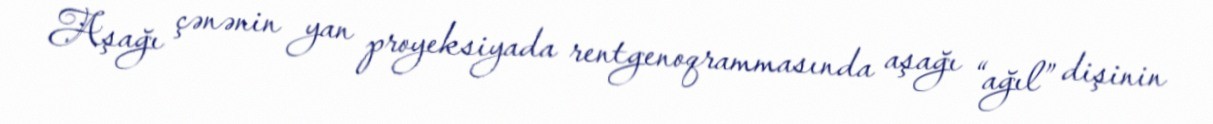
Aşağı çənənin yan proyeksiyada rentgenoqrammasında aşağı “ağıl” dişinin